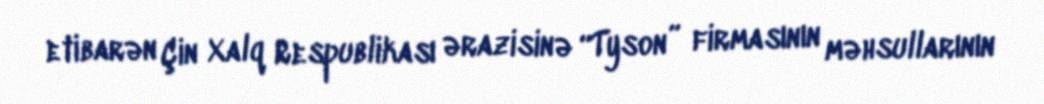
etibarən Çin Xalq Respublikası ərazisinə “Tyson” firmasının məhsullarının